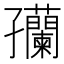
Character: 𫲴